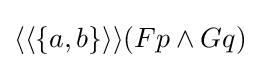
\langle \langle \{a,b\}\rangle \rangle (Fp\land Gq)